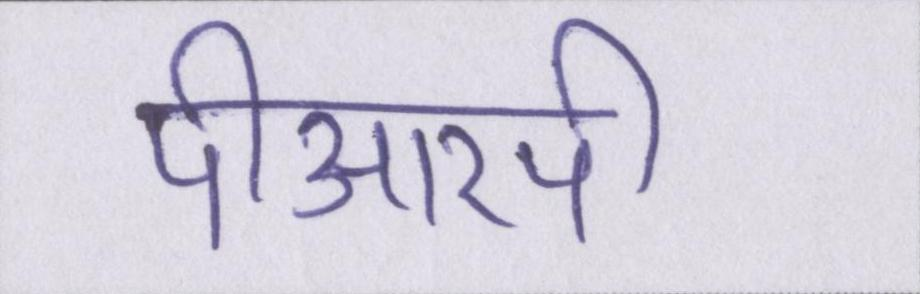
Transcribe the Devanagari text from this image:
पीआरपी